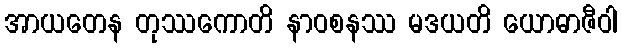
အာယတေန တုဿကောတိ နာဝစနဿ မဒယတိ ယောဓာဇီဝါ